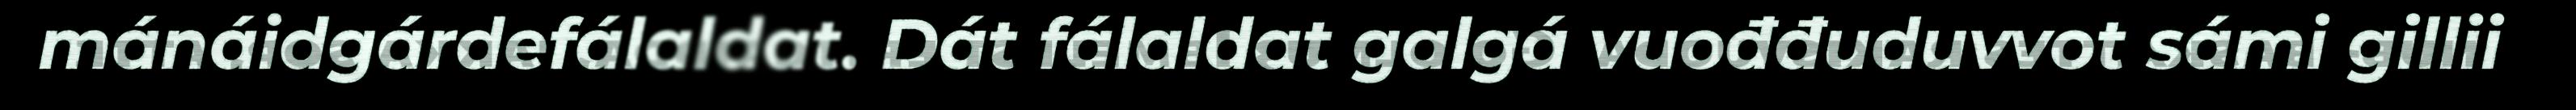
mánáidgárdefálaldat. Dát fálaldat galgá vuođđuduvvot sámi gillii